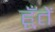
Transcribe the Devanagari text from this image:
हूँतें